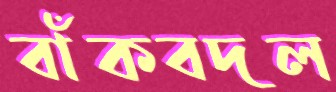
বাঁকবদল